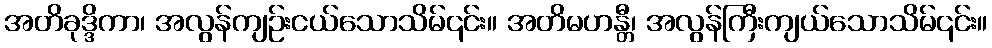
အတိခုဒ္ဒိကာ၊ အလွန်ကျဉ်းငယ်သောသိမ်၎င်း။ အတိမဟန္တီ၊ အလွန်ကြီးကျယ်သောသိမ်၎င်း။